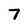
Character: 7